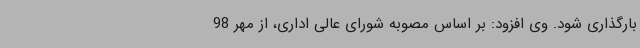
بارگذاری شود. وی افزود: بر اساس مصوبه شورای عالی اداری، از مهر 98